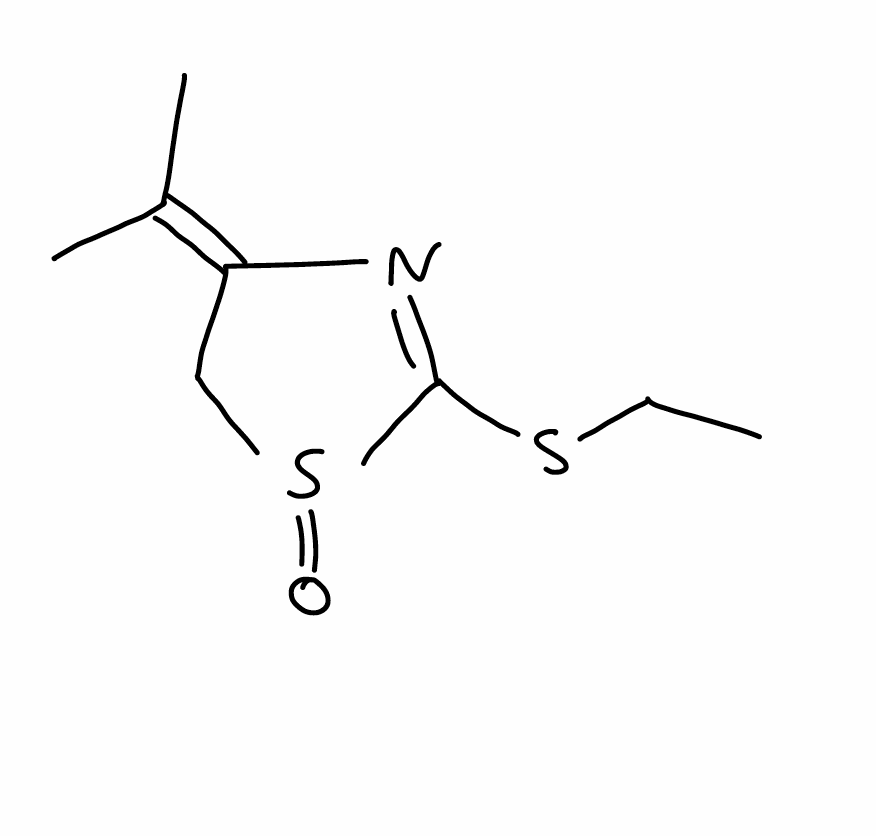
Simplified molecular-input line-entry system (SMILES) notation of the given molecule:
CCSC1=NC(=C(C)C)CS1=O